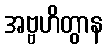
အဗ္ဗဟိတွာန